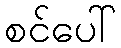
စင်ပေါ်